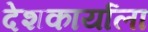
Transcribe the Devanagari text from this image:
देशकार्याला